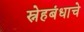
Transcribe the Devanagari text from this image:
स्नेहबंधाचे